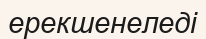
ерекшенеледі